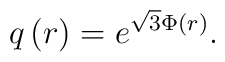
q\left(r\right)=e^{\sqrt{3}\Phi\left(r\right)}.